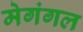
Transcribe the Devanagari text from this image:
मेगंगल